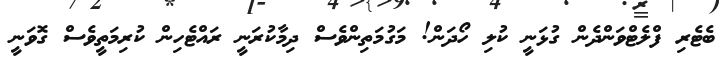
ބެޓެރި ފްލެޓްވަންދެން ގުޅަނީ ކުލި ހޯދަން! މަގުމަތިންވެސް ދިމާކުރަނީ ރައްޓެހިން ކުރިމަތީވެސް ގޮވަނީ